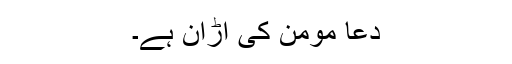
دعا مومن کی اڑان ہے۔